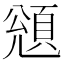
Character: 𩒬